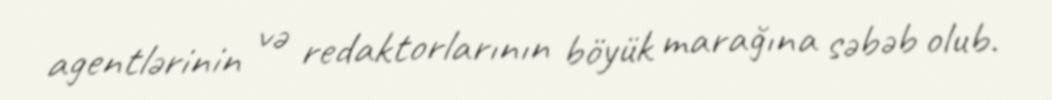
agentlərinin və redaktorlarının böyük marağına səbəb olub.